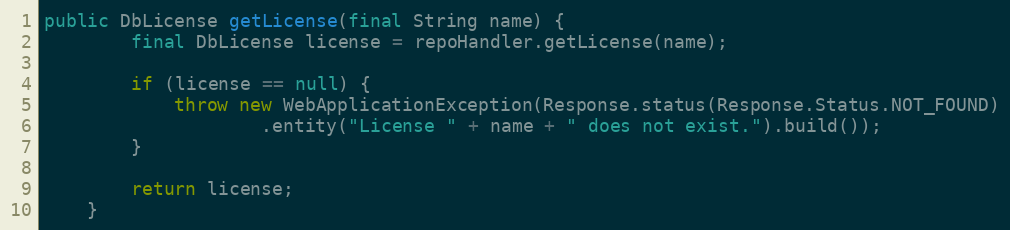
Language: Java
public DbLicense getLicense(final String name) {
        final DbLicense license = repoHandler.getLicense(name);

        if (license == null) {
            throw new WebApplicationException(Response.status(Response.Status.NOT_FOUND)
                    .entity("License " + name + " does not exist.").build());
        }

        return license;
    }